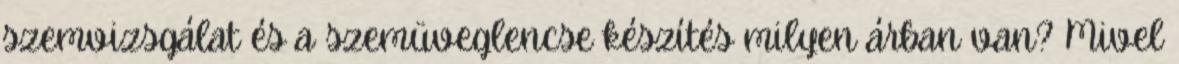
szemvizsgálat és a szemüveglencse készítés milyen árban van? Mivel